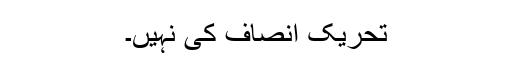
تحریک انصاف کی نہیں۔